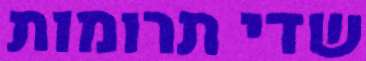
שדי תרומות